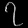
Digit: ၇